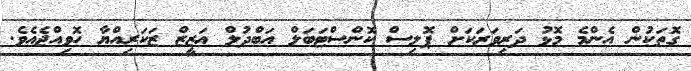
ގޮތަކުން އެންމެ މޮޅު ދަރިވަރަކަށް ޕޮލިސް ކޮންސްޓަބަލް އަބްދުލް ޢަޒީޒް ޒަކަރިއްޔާ ހޮވިއްޖެއެވެ.